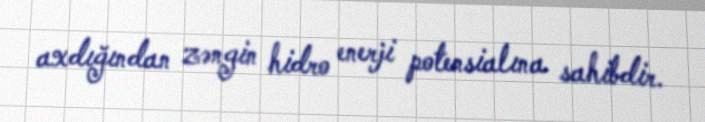
axdığından zəngin hidro enerji potensialına sahibdir.